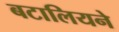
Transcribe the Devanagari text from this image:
बटालियने